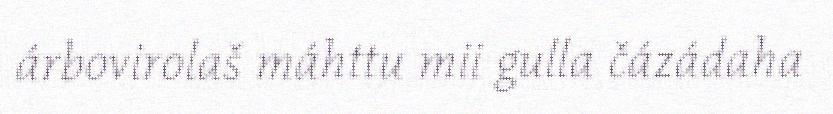
árbovirolaš máhttu mii gulla čázádaha